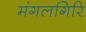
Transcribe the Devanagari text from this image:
मंगलगिरि